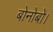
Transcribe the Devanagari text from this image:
बोनोबो।